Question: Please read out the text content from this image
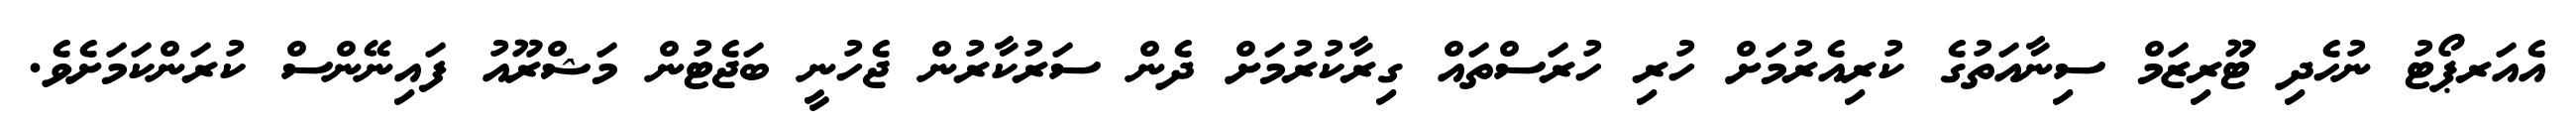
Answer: އެއަރޕޯޓު ނުހެދި ޓޫރިޒަމް ސިނާއަތުގެ ކުރިއެރުމަށް ހުރި ހުރަސްތައް ގިރާކުރުމަށް ދެން ސަރުކާރުން ޖެހުނީ ބަޖެޓުން މަޝްރޫއު ފައިނޭންސް ކުރަންކަމަށެވެ.